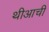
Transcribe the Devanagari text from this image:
थीआची